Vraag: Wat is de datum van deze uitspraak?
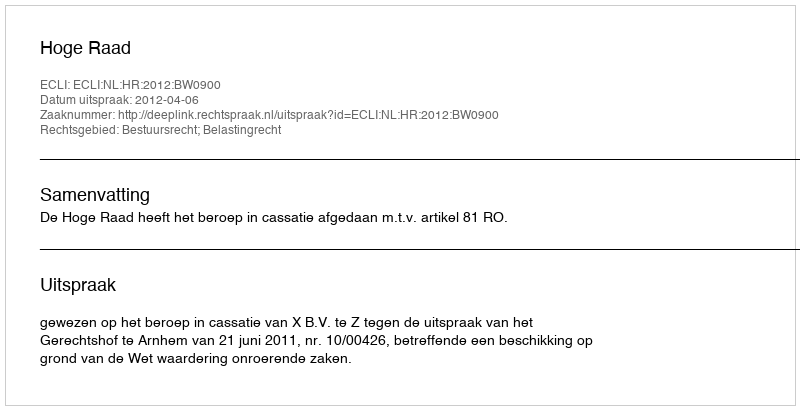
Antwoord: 2012-04-06